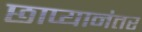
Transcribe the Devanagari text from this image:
छाप्यानंतर